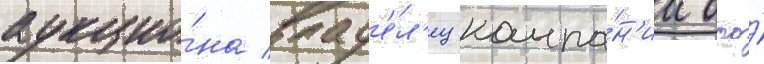
аукцио́на влад'е́л'ец компа́н'ии ооо́